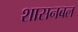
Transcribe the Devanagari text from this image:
शासनबल